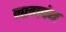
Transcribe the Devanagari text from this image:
नागपंथ